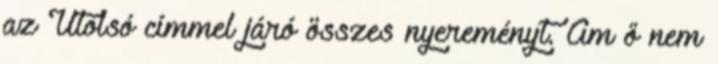
az Utolsó címmel járó összes nyereményt. Ám ő nem